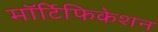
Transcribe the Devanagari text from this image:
मॉर्टिफिकेशन